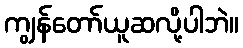
ကျွန်တော်ယူဆလို့ပါဘဲ။